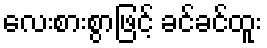
လေးစားစွာဖြင့် ခင်ခင်ထူး